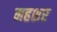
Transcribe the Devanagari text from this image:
महशर